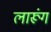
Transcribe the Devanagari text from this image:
लारूंग